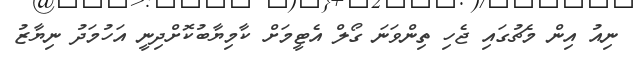
ނިއު އިން މެޗުގައި ޖެހި ތިންވަނަ ގޯލް އެޓީމަށް ކާމިޔާބުކޮށްދިނީ އަހުމަދު ނިޔާޒު